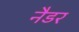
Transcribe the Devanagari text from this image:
नैडर